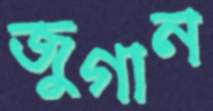
জুগান